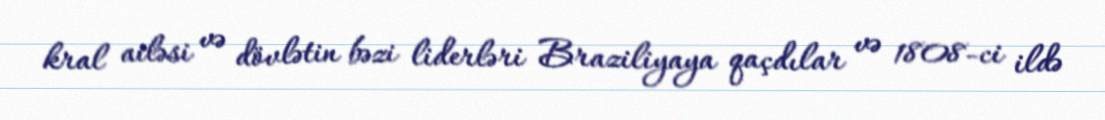
kral ailəsi və dövlətin bəzi liderləri Braziliyaya qaçdılar və 1808-ci ildə